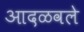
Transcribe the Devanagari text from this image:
आदळवले